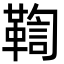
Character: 鞫